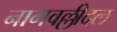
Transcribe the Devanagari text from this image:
नागवल्लीदल